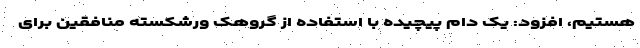
هستیم، افزود: یک دام پیچیده با استفاده از گروهک ورشکسته منافقین برای